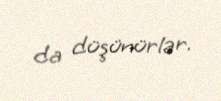
da düşünürlər.